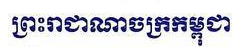
ព្រះរាជាណាចក្រកម្ពុជា